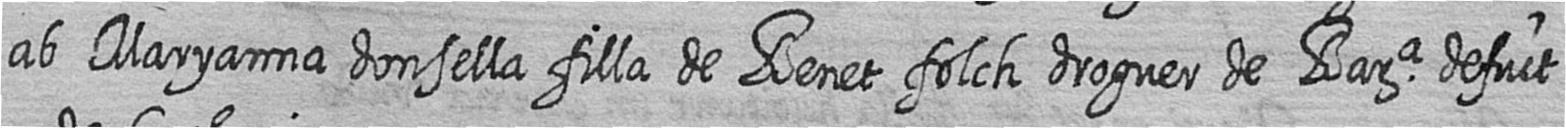
ab Maryanna donsella filla de Benet folch droguer de Bara defuct